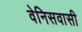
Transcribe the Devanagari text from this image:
वेनिसवासी